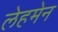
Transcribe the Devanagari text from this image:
लेहमेन